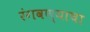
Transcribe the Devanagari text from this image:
रंगवण्याचा